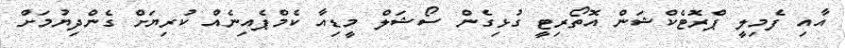
އާއި ފެމިލީ ޕްރޮޓެކްޝަން އޮތޯރިޓީ ގުޅިގެން ސޯޝަލް މީޑިއާ ކެމްޕެއިނެއް ކުރިޔަށް ގެންދިޔުމަށް